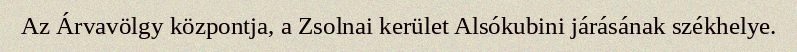
Az Árvavölgy központja, a Zsolnai kerület Alsókubini járásának székhelye.